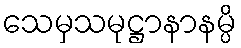
သေမှသမုဋ္ဌာနာနမ္ပိ